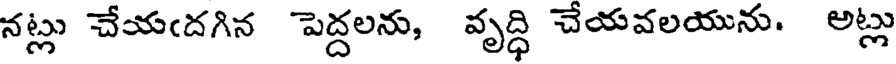
నట్లు చేయఁదగిన పెద్దలను, వృద్ధి చేయవలయును. అట్లు